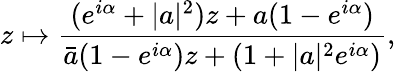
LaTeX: z\mapsto\frac{(e^{i\alpha}+|a|^{2})z+a(1-e^{i\alpha})}{\bar{a}(1-e^{i\alpha})z+(1+|a|^{2}e^{i\alpha})},